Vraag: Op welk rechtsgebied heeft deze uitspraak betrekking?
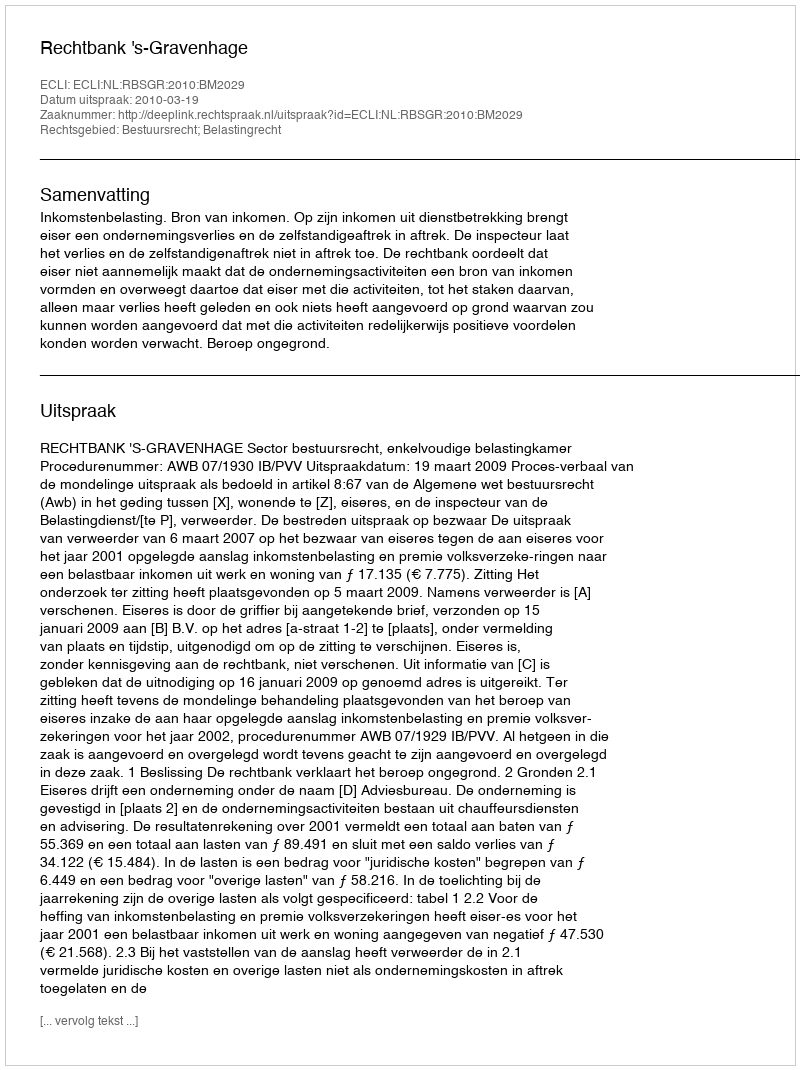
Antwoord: Bestuursrecht; Belastingrecht